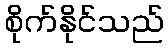
စိုက်နိုင်သည်